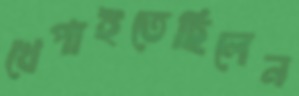
খেপাইতেছিলেন